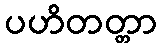
ပဟိတတ္တာ